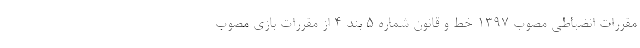
مقررات انضباطی مصوب ۱۳۹۷ خط و قانون شماره ۵ بند ۴ از مقررات بازی مصوب